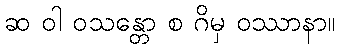
ဆ ဝါ ဝသန္တော စ ဂိမှ ဝဿာနာ။